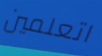
اتعلمين